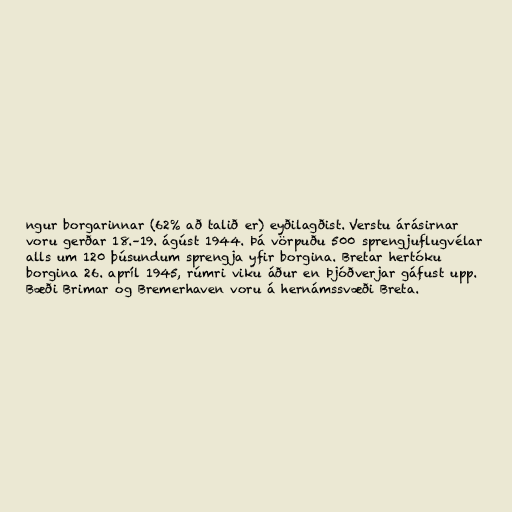
ngur borgarinnar (62% að talið er) eyðilagðist. Verstu árásirnar
voru gerðar 18.–19. ágúst 1944. Þá vörpuðu 500 sprengjuflugvélar
alls um 120 þúsundum sprengja yfir borgina. Bretar hertóku
borgina 26. apríl 1945, rúmri viku áður en Þjóðverjar gáfust upp.
Bæði Brimar og Bremerhaven voru á hernámssvæði Breta.